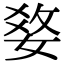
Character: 𤕢